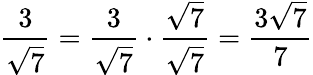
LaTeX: {\frac{3}{\sqrt{7}}}={\frac{3}{\sqrt{7}}}\cdot{\frac{\sqrt{7}}{\sqrt{7}}}={\frac{3{\sqrt{7}}}{7}}